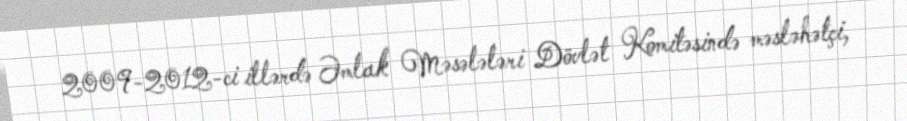
2009-2012-ci illərdə Əmlak Məsələləri Dövlət Komitəsində məsləhətçi,